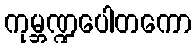
ကုမ္ဘဏ္ဍပေါတကော